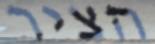
הציר